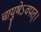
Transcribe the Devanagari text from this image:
चायुषेऽवपत्।